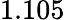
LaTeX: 1.105